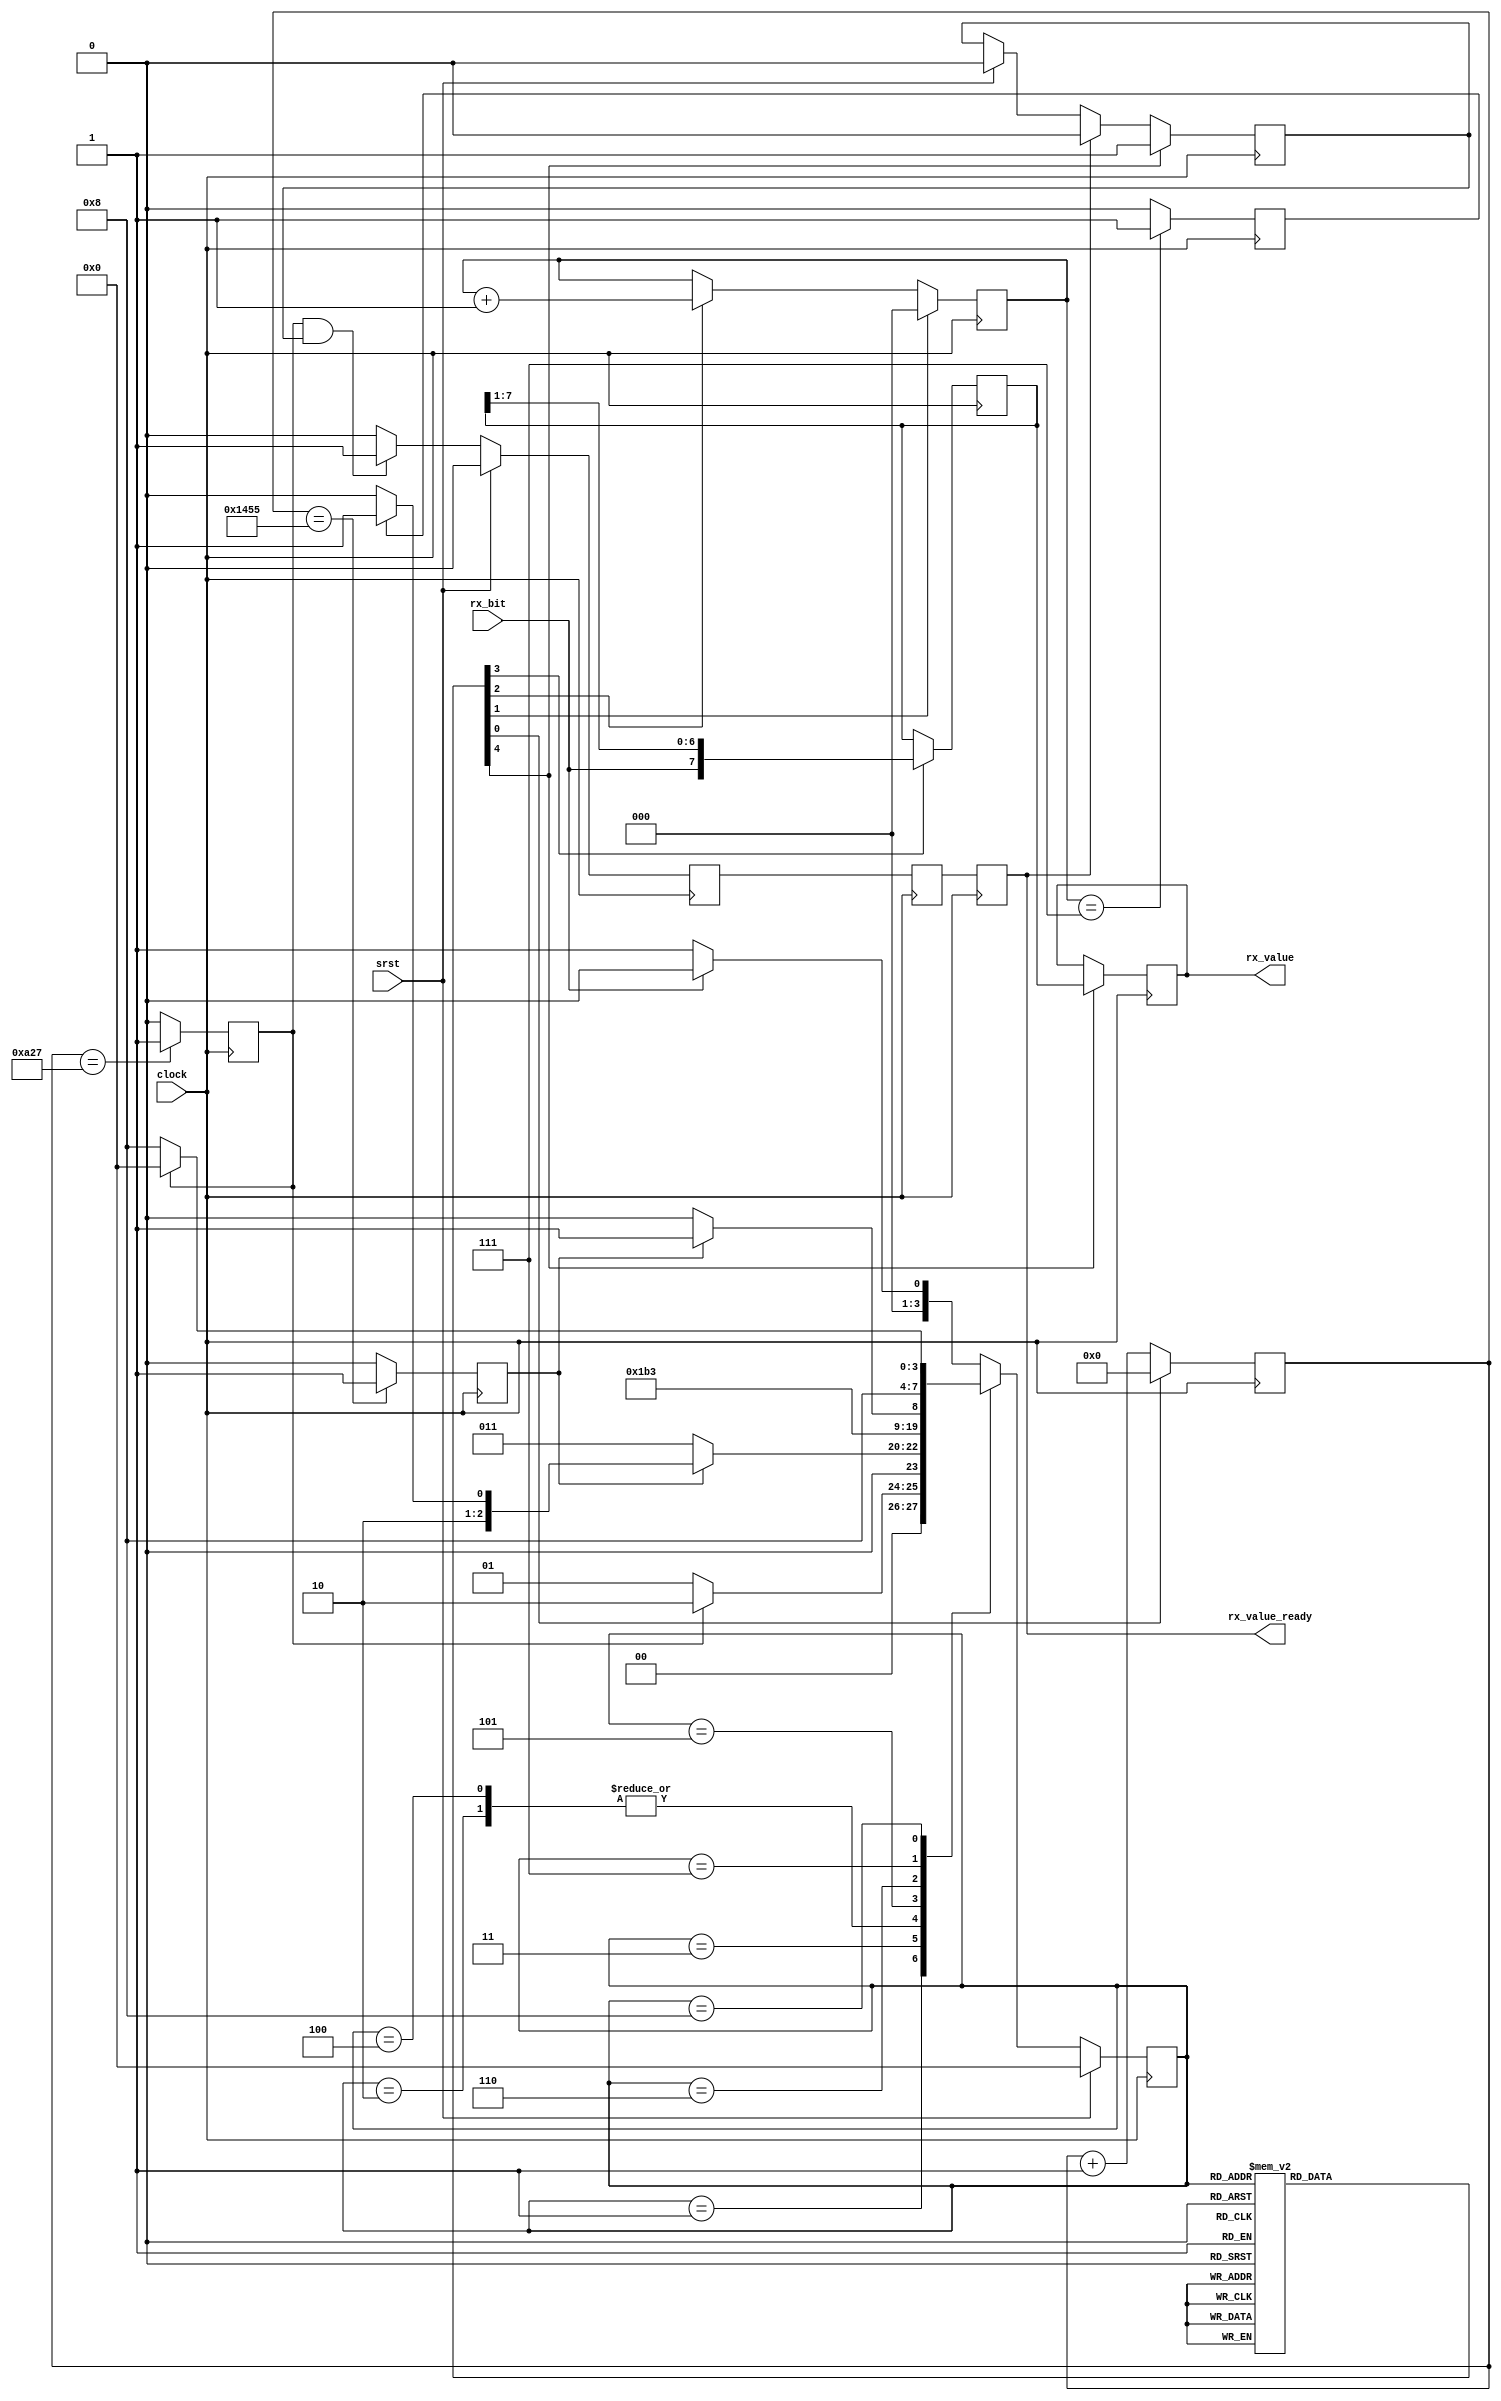
module simple_uart_rx
  #(parameter SYSTEM_FREQ = 50_000_000,
    parameter BAUD_RATE   = 9600)

   (input wire       clock,
    input wire       srst,

    input wire       rx_bit,

    output reg [7:0] rx_value,
    output reg       rx_value_ready);

   //---------------------------------------------------------------------------
   // Constants
   //---------------------------------------------------------------------------

   localparam NUM_BITS           = 8;
   localparam LOG2_NUM_BITS      = $clog2(NUM_BITS);
   localparam BITS_COUNTER_MAX   = 7;

   // Take into account FSM Latency (-3)
   localparam BAUD_COUNTER_MAX   = SYSTEM_FREQ / BAUD_RATE - 3;
   // Take into account FSM Latency + restart Latency (-5)
   localparam BAUD_COUNTER_HALF  = SYSTEM_FREQ / BAUD_RATE / 2 - 5;

   localparam BAUD_COUNTER_WIDTH = $clog2(BAUD_COUNTER_MAX + 1);


   //---------------------------------------------------------------------------
   // Baud Counter
   //---------------------------------------------------------------------------

   reg [BAUD_COUNTER_WIDTH-1 : 0] baud_counter;
   reg baud_counter_reset;
   reg baud_counter_max_new;
   reg baud_counter_max;
   reg baud_counter_half_new;
   reg baud_counter_half;

   always @(posedge clock) begin
      if (baud_counter_reset == 1'b1) begin
         baud_counter <= 0;
      end
      else begin
         baud_counter <= baud_counter + 1'b1;
      end
   end

   always @(*) begin
      if (baud_counter == BAUD_COUNTER_MAX[BAUD_COUNTER_WIDTH-1:0]) begin
         baud_counter_max_new = 1'b1;
      end
      else begin
         baud_counter_max_new = 1'b0;
      end
   end

   always @(*) begin
      if (baud_counter == BAUD_COUNTER_HALF[BAUD_COUNTER_WIDTH-1:0]) begin
         baud_counter_half_new = 1'b1;
      end
      else begin
         baud_counter_half_new = 1'b0;
      end
   end

   always @(posedge clock) begin
      baud_counter_half <= baud_counter_half_new;
      baud_counter_max <= baud_counter_max_new;
   end


   //---------------------------------------------------------------------------
   // RX Bits Counter
   //---------------------------------------------------------------------------

   reg [LOG2_NUM_BITS-1 : 0] bits_counter;
   reg bits_counter_incr;
   reg bits_counter_reset;
   reg bits_counter_max;

   always @(posedge clock) begin
      if (bits_counter_reset == 1'b1) begin
         bits_counter <= 0;
      end
      else if (bits_counter_incr == 1'b1) begin
         bits_counter <= bits_counter + 1'b1;
      end
   end

   always @(posedge clock) begin
      if (bits_counter == BITS_COUNTER_MAX[LOG2_NUM_BITS-1:0]) begin
         bits_counter_max <= 1'b1;
      end
      else begin
         bits_counter_max <= 1'b0;
      end
   end


   //---------------------------------------------------------------------------
   // Receive shift register
   //---------------------------------------------------------------------------

   reg [NUM_BITS-1 : 0] rx_shift_reg;
   reg rx_shift;

   always @(posedge clock) begin
      if (rx_shift == 1'b1) begin
         // We receive bits LSB first. So RX goes in MSB shift reg and
         // it is right shifted.
         rx_shift_reg <= {rx_bit, rx_shift_reg[NUM_BITS-1 : 1]};
      end
   end


   //---------------------------------------------------------------------------
   // Finite State Machine (Moore)
   //---------------------------------------------------------------------------
   // _____         _____  _____  _____  _____  _____
   // IDLE \ START /  B0 \/  B1 \/ ... \/  B7 \/ STOP
   //       \_____/\_____/\_____/\_____/\_____/
   //      |   |      |      |      |      |      |
   //    Rst  Half   Max    Max    ...
   //    Baud Baud   Baud   Baud
   //         +Rst   +Rst   +Rst
   //

   localparam STATE_IDLE        = 0;
   localparam STATE_START       = 1;
   localparam STATE_READ_PRE    = 2;
   localparam STATE_READ_WAIT   = 3;
   localparam STATE_READ        = 4;
   localparam STATE_READ_POST   = 5;
   localparam STATE_STOP_WAIT   = 6;
   localparam STATE_PUSH        = 7;
   localparam STATE_PUSH_WAIT   = 8;
   localparam LOG2_STATES       = $clog2(STATE_PUSH_WAIT + 1);

   reg [LOG2_STATES-1:0] state_reg, state_new;

   // State register
   always @(posedge clock) begin
      if (srst == 1'b1) begin
         state_reg <= 0;
      end
      else begin
         state_reg <= state_new;
      end
   end

   // State transitions
   always @(*) begin
      case(state_reg)
         default: begin // STATE_IDLE
            if (rx_bit == 1'b1) begin
               // RX is high, we must wait.
               state_new = STATE_IDLE;
            end
            else begin
               // RX is low, so we can start reception
               state_new = STATE_START;
            end
         end

         STATE_START: begin
            if (baud_counter_half == 1'b1) begin
               // The baud counter is at the half period value
               state_new = STATE_READ_PRE;
            end
            else begin
               // We wait for the half value of the baud counter
               state_new = STATE_START;
            end
         end

         STATE_READ_PRE: begin
            state_new = STATE_READ_WAIT;
         end

         STATE_READ_WAIT: begin
            if (baud_counter_max == 1'b1) begin
               if (bits_counter_max == 1'b1) begin
                  // Stop bit received.
                  state_new = STATE_READ_POST;
               end
               else begin
                  // We can sample the bit value.
                  state_new = STATE_READ;
               end
            end
            else begin
               // Wait for the baud counter full to sample a value.
               state_new = STATE_READ_WAIT;
            end
         end

         STATE_READ: begin
            state_new = STATE_READ_WAIT;
         end

         STATE_READ_POST: begin
            state_new = STATE_STOP_WAIT;
         end

         STATE_STOP_WAIT: begin
            if (baud_counter_max == 1'b1) begin
               state_new = STATE_PUSH;
            end
            else begin
               state_new = STATE_STOP_WAIT;
            end
         end

         STATE_PUSH: begin
            state_new = STATE_PUSH_WAIT;
         end

         STATE_PUSH_WAIT: begin
            if (baud_counter_half == 1'b1) begin
               state_new = STATE_IDLE;
            end
            else begin
               state_new = STATE_PUSH_WAIT;
            end
         end
      endcase
   end

   // State actions
   always @(*) begin
      case(state_reg)
         default: begin // STATE_IDLE
            baud_counter_reset = 1'b1;
            bits_counter_reset = 1'b1;
            bits_counter_incr  = 1'b0;
            rx_shift           = 1'b0;
            rx_value_ready_new = 1'b0;
         end

         STATE_START: begin
            baud_counter_reset = 1'b0;
            bits_counter_reset = 1'b0;
            bits_counter_incr  = 1'b0;
            rx_shift           = 1'b0;
            rx_value_ready_new = 1'b0;
         end

         STATE_READ_PRE: begin
            baud_counter_reset = 1'b1;
            bits_counter_reset = 1'b0;
            bits_counter_incr  = 1'b0;
            rx_shift           = 1'b0;
            rx_value_ready_new = 1'b0;
         end

         STATE_READ_WAIT: begin
            baud_counter_reset = 1'b0;
            bits_counter_reset = 1'b0;
            bits_counter_incr  = 1'b0;
            rx_shift           = 1'b0;
            rx_value_ready_new = 1'b0;
         end

         STATE_READ: begin
            baud_counter_reset = 1'b1;
            bits_counter_reset = 1'b0;
            bits_counter_incr  = 1'b1;
            rx_shift           = 1'b1;
            rx_value_ready_new = 1'b0;
         end

         STATE_READ_POST: begin
            baud_counter_reset = 1'b1;
            bits_counter_reset = 1'b0;
            bits_counter_incr  = 1'b0;
            rx_shift           = 1'b1;
            rx_value_ready_new = 1'b0;
         end

         STATE_STOP_WAIT: begin
            baud_counter_reset = 1'b0;
            bits_counter_reset = 1'b0;
            bits_counter_incr  = 1'b0;
            rx_shift           = 1'b0;
            rx_value_ready_new = 1'b0;
         end

         STATE_PUSH: begin
            baud_counter_reset = 1'b1;
            bits_counter_reset = 1'b0;
            bits_counter_incr  = 1'b0;
            rx_shift           = 1'b0;
            rx_value_ready_new = 1'b1;
         end

         STATE_PUSH_WAIT: begin
            baud_counter_reset = 1'b0;
            bits_counter_reset = 1'b0;
            bits_counter_incr  = 1'b0;
            rx_shift           = 1'b0;
            rx_value_ready_new = 1'b0;
         end
      endcase
   end


   //---------------------------------------------------------------------------
   // Output
   //---------------------------------------------------------------------------

   reg rx_value_ready_new;
   reg rx_value_ready_trig;
   reg rx_value_ready_pre1;
   reg rx_value_ready_pre2;

   always @(posedge clock) begin
      if (srst == 1'b1) begin
         rx_value_ready_trig <= 1'b0;
      end
      if (rx_value_ready_new) begin
         rx_value_ready_trig <= 1'b1;
      end
      else if (rx_value_ready) begin
         rx_value_ready_trig <= 1'b0;
      end
   end

   always @(posedge clock) begin
      if (srst == 1'b1) begin
         rx_value_ready_pre1 <= 0;
      end
      else if (baud_counter_half && rx_value_ready_trig) begin
         rx_value_ready_pre1 <= 1'b1;
      end
      else begin
         rx_value_ready_pre1 <= 1'b0;
      end
   end

   always @(posedge clock) begin
      rx_value_ready_pre2 <= rx_value_ready_pre1;
      rx_value_ready <= rx_value_ready_pre2;
   end

   always @(posedge clock) begin
      if (rx_value_ready_new) begin
         rx_value <= rx_shift_reg;
      end
   end

endmodule